Epidemic dropsy in Calcutta - Number 45
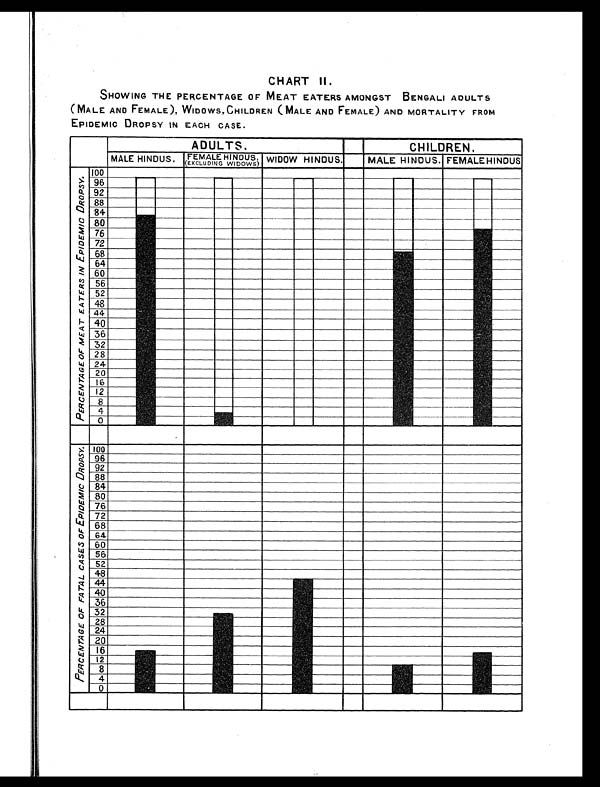
CHART II.
SHOWING THE PERCENTAGE OF MEAT EATERS AMONGST BENGALI ADULTS
(MALE AND FEMALE), WIDOWS, CHILDREN (MALE AND FEMALE) AND MORTALITY FROM
EPIDEMIC DROPSY IN EACH CASE.